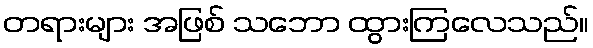
တရားများ အဖြစ် သဘော ထွားကြလေသည်။